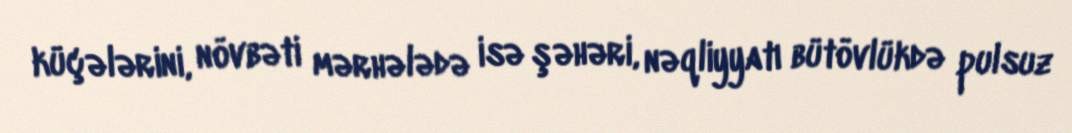
küçələrini, növbəti mərhələdə isə şəhəri, nəqliyyatı bütövlükdə pulsuz